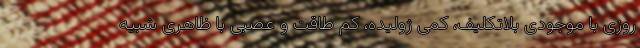
روزی با موجودی بلاتکلیف، کمی ژولیده، کم طاقت و عصبی با ظاهری شبیه